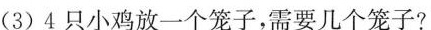
(3)4只小鸡放一个笼子，需要几个笼子?